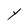
Character: Y